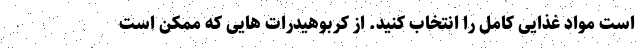
است مواد غذایی کامل را انتخاب کنید. از کربوهیدرات هایی که ممکن است